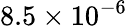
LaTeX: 8.5\times 10^{-6}